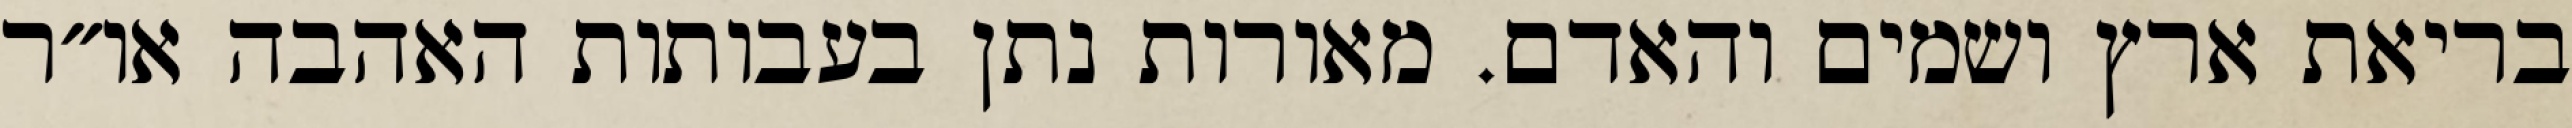
בריאת ארץ ושמים והאדם. מאורות נתן בעבותות האהבה או״ר